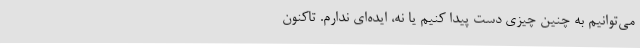
می‌توانیم به چنین چیزی دست پیدا کنیم یا نه، ایده‌ای ندارم. تاکنون